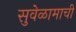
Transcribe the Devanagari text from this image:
सुवेळामाची